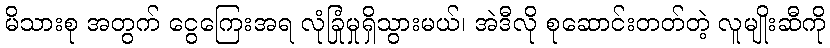
မိသားစု အတွက် ငွေကြေးအရ လုံခြုံမှုရှိသွားမယ်၊ အဲဒီလို စုဆောင်းတတ်တဲ့ လူမျိုးဆီကို